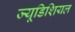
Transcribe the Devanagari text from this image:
ज्यूडिशियल